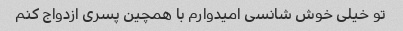
تو خیلی خوش شانسی امیدوارم با همچین پسری ازدواج کنم